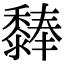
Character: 𪐃